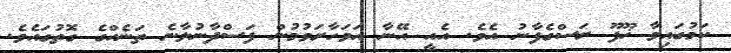
ކަމުގައިވާ ޚޫފޫ ރަސްގެފާނު އެވެ. އެއީ އޭނާ އަވަހާރަވުމުން ފަސްދާނުލާނެ ތަނެއްގެ ގޮތުގައެވެ.